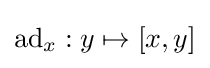
\operatorname {ad} _{x}:y\mapsto [x,y]